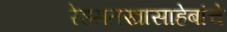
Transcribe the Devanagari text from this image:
रेहमतखासाहेबांचे